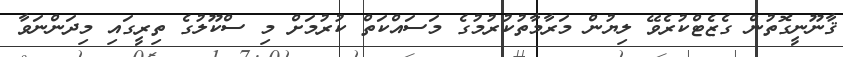
ޤާނޫނީގޮތުން ގެޒެޓްކުރެވޭ ލިޔުން މަރާމާތުކުރުމުގެ މަސައްކަތް ކުރުމަށް މި ސްކޫލުގެ ތިރީގައި މިދަންނަވާ